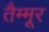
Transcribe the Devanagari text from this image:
तैम्मूर